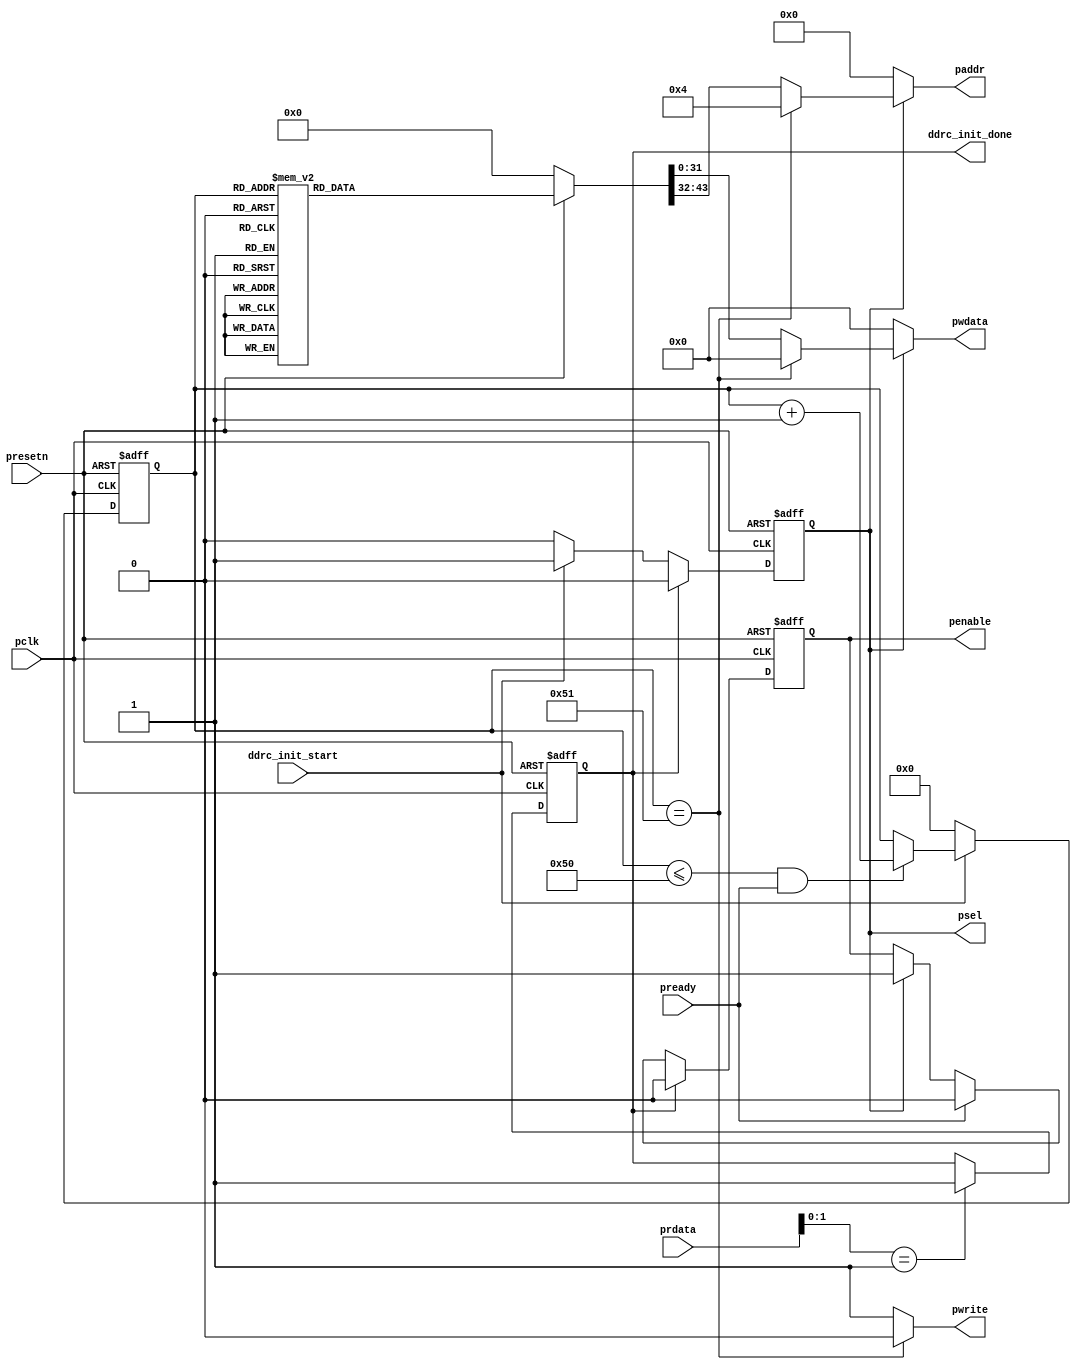
//////////////////////////////////////////////////////////////////////////////
//
// Copyright (c) 2019 PANGO MICROSYSTEMS, INC
// ALL RIGHTS RESERVED.
//
// THE SOURCE CODE CONTAINED HEREIN IS PROPRIETARY TQ PANGO MICROSYSTEMS, INC.
// IT SHALL NOT BE REPRODUCED OR DISCLOSED IN WHOLE OR IN PART OR USED BY
// PARTIES WITHOUT WRITTEN AUTHORIZATION FROM THE OWNER.
//
/////////////////////////////////////////////////////////////////////////////
// Revision:1.0(initial)
//
//////////////////////////////////////////////////////////////////////////////

`timescale 1ps/1ps

module ipsl_hmic_h_ddrc_apb_reset_v1_1 #(
    parameter     [9:0]            TRFC_MIN                  = 10'h8c,
    parameter     [11:0]           TREFI                     = 12'h62,
    parameter     [5:0]            T_MRD                     = 6'h0,
    parameter     [9:0]            T_MOD                     = 10'h0,    
    parameter                      DDR_TYPE                  = "DDR3",
    parameter     [15:0]           MR                        = 16'h1108,
    parameter     [15:0]           EMR                       = 16'h0001,
    parameter     [15:0]           EMR2                      = 16'h0000,
    parameter     [15:0]           EMR3                      = 16'h0000,
    parameter     [6:0]            WR2PRE                    = 7'hf,
    parameter     [5:0]            T_FAW                     = 6'h10,
    parameter     [6:0]            T_RAS_MAX                 = 7'h1b,
    parameter     [5:0]            T_RAS_MIN                 = 6'hf,
    parameter     [4:0]            T_XP                      = 5'h8,
    parameter     [5:0]            RD2PRE                    = 6'h4,
    parameter     [6:0]            T_RC                      = 7'h14,
    parameter     [5:0]            WL                        = 6'h3,
    parameter     [5:0]            RL                        = 6'h5,
    parameter     [5:0]            RD2WR                     = 6'h6,
    parameter     [5:0]            WR2RD                     = 6'hd,
    parameter     [4:0]            T_RCD                     = 5'h5,
    parameter     [3:0]            T_CCD                     = 4'h4,
    parameter     [3:0]            T_RRD                     = 4'h4,
    parameter     [4:0]            T_RP                      = 5'h5,
    parameter     [3:0]            T_CKSRX                   = 4'h5,
    parameter     [3:0]            T_CKSRE                   = 4'h5,
    parameter     [5:0]            T_CKESR                   = 6'h4,
    parameter     [4:0]            T_CKE                     = 5'h3,
    parameter     [6:0]            DFI_T_RDDATA_EN           = 7'h2,
    parameter     [5:0]            DFI_TPHY_WRLAT            = 6'h2,
    parameter     [1:0]            DATA_BUS_WIDTH            = 2'b00,
    parameter                      ADDRESS_MAPPING_SEL       = 0,
    parameter     [7:0]            MEM_ROW_ADDRESS           = 8'd14,
    parameter     [7:0]            MEM_COLUMN_ADDRESS        = 8'd10,
    parameter     [7:0]            MEM_BANK_ADDRESS          = 8'd3
    
)
( 
   input               presetn,
   input               pclk,
   output   [31:0]     pwdata,
   output              pwrite,
   output  reg         penable,
   output  reg         psel,
   output   [11:0]     paddr,
   input    [31:0]     prdata,
   input               pready,
   input               ddrc_init_start,
   output  reg         ddrc_init_done
   );

localparam [7:0] ADDRMAP_BANK_B0 = (ADDRESS_MAPPING_SEL == 0) ? (MEM_COLUMN_ADDRESS - 8'd2) : (MEM_COLUMN_ADDRESS + MEM_ROW_ADDRESS - 8'd2);
localparam [7:0] ADDRMAP_BANK_B1 =  ADDRMAP_BANK_B0;
localparam [7:0] ADDRMAP_BANK_B2 =  (MEM_BANK_ADDRESS == 8'd3) ? ADDRMAP_BANK_B0 : 8'h1f;                                 
localparam [7:0] ADDRMAP_COL_B2 = 8'h0;
localparam [7:0] ADDRMAP_COL_B3 = 8'h0;
localparam [7:0] ADDRMAP_COL_B4 = 8'h0;
localparam [7:0] ADDRMAP_COL_B5 = 8'h0;
localparam [7:0] ADDRMAP_COL_B6 = 8'h0;
localparam [7:0] ADDRMAP_COL_B7 = 8'h0;
localparam [7:0] ADDRMAP_COL_B8 = (MEM_COLUMN_ADDRESS > 8'd8) ? 8'h0 : 8'h1f;
localparam [7:0] ADDRMAP_COL_B9 = (MEM_COLUMN_ADDRESS > 8'd9) ? 8'h0 : 8'h1f;
localparam [7:0] ADDRMAP_COL_B10 = (MEM_COLUMN_ADDRESS > 8'd10) ? 8'h0 : 8'h1f;
localparam [7:0] ADDRMAP_COL_B11 = (MEM_COLUMN_ADDRESS > 8'd11) ? 8'h0 : 8'h1f;
localparam [7:0] ADDRMAP_ROW_B0 = (ADDRESS_MAPPING_SEL == 0) ? (MEM_COLUMN_ADDRESS + MEM_BANK_ADDRESS - 8'd6) : (MEM_COLUMN_ADDRESS - 8'd6);
localparam [7:0] ADDRMAP_ROW_B1 = ADDRMAP_ROW_B0;
localparam [7:0] ADDRMAP_ROW_B2 = ADDRMAP_ROW_B0;
localparam [7:0] ADDRMAP_ROW_B3 = ADDRMAP_ROW_B0;
localparam [7:0] ADDRMAP_ROW_B4 = ADDRMAP_ROW_B0;
localparam [7:0] ADDRMAP_ROW_B5 = ADDRMAP_ROW_B0;
localparam [7:0] ADDRMAP_ROW_B6 = ADDRMAP_ROW_B0;
localparam [7:0] ADDRMAP_ROW_B7 = ADDRMAP_ROW_B0;
localparam [7:0] ADDRMAP_ROW_B8 = ADDRMAP_ROW_B0;
localparam [7:0] ADDRMAP_ROW_B9 = ADDRMAP_ROW_B0;
localparam [7:0] ADDRMAP_ROW_B10 = ADDRMAP_ROW_B0;
localparam [7:0] ADDRMAP_ROW_B11 = ADDRMAP_ROW_B0;
localparam [7:0] ADDRMAP_ROW_B12 = (MEM_ROW_ADDRESS > 8'd12) ? ADDRMAP_ROW_B0 : 8'h1f;
localparam [7:0] ADDRMAP_ROW_B13 = (MEM_ROW_ADDRESS > 8'd13) ? ADDRMAP_ROW_B0 : 8'h1f;
localparam [7:0] ADDRMAP_ROW_B14 = (MEM_ROW_ADDRESS > 8'd14) ? ADDRMAP_ROW_B0 : 8'h1f;
localparam [7:0] ADDRMAP_ROW_B15 = (MEM_ROW_ADDRESS > 8'd15) ? ADDRMAP_ROW_B0 : 8'h1f;

reg [43:0]      data;
reg [6:0]       cnt;
 
always @(posedge pclk or negedge presetn)
begin
    if(!presetn)
       psel<=1'b0;
    else if(ddrc_init_done)
         psel<=1'b0;
    else if(ddrc_init_start)
         psel<=1'b1;
    else
        psel<=1'b0;
end

assign pwrite=(cnt==7'h51)?1'b0:1'b1; 

always @(posedge pclk or negedge presetn)
begin
    if(!presetn)
       penable<=1'b0;
    else if(ddrc_init_done) 
       penable<=1'b0;
    else if(pready)
       penable<=1'b0;  
    else if(psel)
       penable<=1'b1;  
end

generate
if (DDR_TYPE == "DDR3") begin
always @(cnt or presetn)
        if(!presetn)
            data = 44'h0;
         else 
             begin
               case(cnt)
                 7'h0 :data = {12'h0,16'h4,2'b00,DATA_BUS_WIDTH,12'h201};
                 7'h1 :data = {12'h10,32'h10};
                 7'h2 :data = {12'h14,32'h3aed};
                 7'h3 :data = {12'h30,32'h4};
                 7'h4 :data = {12'h34,32'h5_0000};
                 7'h5 :data = {12'h38,32'h2};
                 7'h6 :data = {12'h50,32'hf0_e030};
                 7'h7 :data = {12'h60,32'h0};
                 7'h8 :data = {12'h64,4'h0,TREFI,6'h0,TRFC_MIN};
                 7'h9 :data = {12'hc0,32'h0};
                 7'ha :data = {12'hd0,32'h4007_0002};
                 7'hb :data = {12'hd4,32'h4_0006};
                 7'hc :data = {12'hdc,MR,EMR};
                 7'hd :data = {12'he0,EMR2,EMR3};
                 7'he :data = {12'he4,32'h9_0000};
                 7'hf :data = {12'hf0,32'h0};
                 7'h10 :data = {12'h100,1'b0,WR2PRE,2'h0,T_FAW,1'b0,T_RAS_MAX,2'b00,T_RAS_MIN};
                 7'h11 :data = {12'h104,11'h0,T_XP,2'b00,RD2PRE,1'b0,T_RC};
                 7'h12 :data = {12'h108,2'b00,WL,2'b00,RL,2'b00,RD2WR,2'b00,WR2RD};
                 7'h13 :data = {12'h10c,14'h0,T_MRD,2'b0,T_MOD};
                 7'h14 :data = {12'h110,3'b000,T_RCD,4'h0,T_CCD,4'h0,T_RRD,3'h0,T_RP};
                 7'h15 :data = {12'h114,4'h0,T_CKSRX,4'h0,T_CKSRE,2'h0,T_CKESR,3'h0,T_CKE};
                 7'h16 :data = {12'h118,32'hb0b_0007};
                 7'h17 :data = {12'h11c,32'h604};
                 7'h18 :data = {12'h120,32'h4703};
                 7'h19 :data = {12'h138,32'h0};
                 7'h1a :data = {12'h13c,32'h0};
                 7'h1b :data = {12'h180,32'h80_0020};
                 7'h1c :data = {12'h184,32'h70};
                 7'h1d :data = {12'h190,9'b010000000,DFI_T_RDDATA_EN,1'b1,9'h0,DFI_TPHY_WRLAT};
                 7'h1e :data = {12'h194,32'h5_0505};
                 7'h1f :data = {12'h198,32'h790_3020};
                 7'h20 :data = {12'h1a0,32'hc3ff_0005};
                 7'h21 :data = {12'h1a4,32'h1a_0037};
                 7'h22 :data = {12'h1a8,32'h8000_0000};
                 7'h23 :data = {12'h1b0,32'h1};
                 7'h24 :data = {12'h1c4,32'h0};
                 7'h25 :data = {12'h204,8'h0,ADDRMAP_BANK_B2,ADDRMAP_BANK_B1,ADDRMAP_BANK_B0};
                 7'h26 :data = {12'h208,ADDRMAP_COL_B5,ADDRMAP_COL_B4,ADDRMAP_COL_B3,ADDRMAP_COL_B2};
                 7'h27 :data = {12'h20c,ADDRMAP_COL_B9,ADDRMAP_COL_B8,ADDRMAP_COL_B7,ADDRMAP_COL_B6};
                 7'h28 :data = {12'h210,16'h0,ADDRMAP_COL_B11,ADDRMAP_COL_B10};
                 7'h29 :data = {12'h214,ADDRMAP_ROW_B11,8'hf,ADDRMAP_ROW_B1,ADDRMAP_ROW_B0};
                 7'h2a :data = {12'h218,ADDRMAP_ROW_B15,ADDRMAP_ROW_B14,ADDRMAP_ROW_B13,ADDRMAP_ROW_B12};
                 7'h2b :data = {12'h21c,32'h0f0f};
                 7'h2c :data = {12'h224,ADDRMAP_ROW_B5,ADDRMAP_ROW_B4,ADDRMAP_ROW_B3,ADDRMAP_ROW_B2};
                 7'h2d :data = {12'h228,ADDRMAP_ROW_B9,ADDRMAP_ROW_B8,ADDRMAP_ROW_B7,ADDRMAP_ROW_B6};
                 7'h2e :data = {12'h22c,24'h0,ADDRMAP_ROW_B10};
                 7'h2f :data = {12'h240,32'h600_0500};
                 7'h30 :data = {12'h244,32'h1};
                 7'h31 :data = {12'h250,32'h3921_0b05};
                 7'h32 :data = {12'h254,32'h30};
                 7'h33 :data = {12'h25c,32'hbe00_4133};
                 7'h34 :data = {12'h264,32'hc900_6465};
                 7'h35 :data = {12'h26c,32'h2000_193f};
                 7'h36 :data = {12'h300,32'h1};
                 7'h37 :data = {12'h304,32'h0};
                 7'h38 :data = {12'h30c,32'h0};
                 7'h39 :data = {12'h320,32'h1};
                 7'h3a :data = {12'h36c,32'h0};
                 7'h3b :data = {12'h400,32'h1};
                 7'h3c :data = {12'h404,32'h4062};
                 7'h3d :data = {12'h408,32'h332f};
                 7'h3e :data = {12'h490,32'h1};
                 7'h3f :data = {12'h494,32'h5};
                 7'h40 :data = {12'h498,32'ha9_053a};
                 7'h41 :data = {12'h49c,32'h11_0003};
                 7'h42 :data = {12'h4a0,32'h678};
                 7'h43 :data = {12'h4b4,32'h51ad};
                 7'h44 :data = {12'h4b8,32'h281};
                 7'h45 :data = {12'h540,32'h1};
                 7'h46 :data = {12'h544,32'h21_0007};
                 7'h47 :data = {12'h548,32'h305_003c};
                 7'h48 :data = {12'h54c,32'h10_0001};
                 7'h49 :data = {12'h550,32'h18f};
                 7'h4a :data = {12'h564,32'h60b3};
                 7'h4b :data = {12'h568,32'h162};
                 7'h4c :data = {12'h5f0,32'h1};
                 7'h4d :data = {12'h5f4,32'h1_0003};
                 7'h4e :data = {12'h5f8,32'h21_0117};
                 7'h4f :data = {12'h5fc,32'h10_0002};
                 7'h50 :data = {12'h600,32'h46c};
                 default: data = {12'h0,32'h4_0201};
               endcase
             end
end 
else if(DDR_TYPE == "DDR2") begin
always @(cnt or presetn)
        if(!presetn)
            data = 44'h0;
         else 
             begin
               case(cnt)
                 7'h0 :data = {12'h0,16'h4,2'b00,DATA_BUS_WIDTH,12'h000};
                 7'h1 :data = {12'h10,32'h7010};
                 7'h2 :data = {12'h14,32'hb640};
                 7'h3 :data = {12'h30,32'h4};
                 7'h4 :data = {12'h34,32'h24_0001};
                 7'h5 :data = {12'h38,32'h2};
                 7'h6 :data = {12'h50,32'hf0_e030};
                 7'h7 :data = {12'h60,32'h0};
                 7'h8 :data = {12'h64,4'h0,TREFI,6'h0,TRFC_MIN};
                 7'h9 :data = {12'hc0,32'h0};
                 7'ha :data = {12'hd0,32'h4002_0001};
                 7'hb :data = {12'hd4,32'h4_0006};
                 7'hc :data = {12'hdc,MR,EMR};
                 7'hd :data = {12'he0,EMR2,EMR3};
                 7'he :data = {12'he4,32'h9_0000};
                 7'hf :data = {12'hf0,32'h0};
                 7'h10 :data = {12'h100,1'b0,WR2PRE,2'h0,T_FAW,1'b0,T_RAS_MAX,2'b00,T_RAS_MIN};
                 7'h11 :data = {12'h104,11'h0,T_XP,2'b00,RD2PRE,1'b0,T_RC};
                 7'h12 :data = {12'h108,2'b00,WL,2'b00,RL,2'b00,RD2WR,2'b00,WR2RD};
                 7'h13 :data = {12'h10c,14'h0,T_MRD,2'b0,T_MOD};
                 7'h14 :data = {12'h110,3'b000,T_RCD,4'h0,T_CCD,4'h0,T_RRD,3'h0,T_RP};
                 7'h15 :data = {12'h114,4'h0,T_CKSRX,4'h0,T_CKSRE,2'h0,T_CKESR,3'h0,T_CKE};
                 7'h16 :data = {12'h118,32'hb0b_0007};
                 7'h17 :data = {12'h11c,32'h604};
                 7'h18 :data = {12'h120,32'h4703};
                 7'h19 :data = {12'h138,32'h596};
                 7'h1a :data = {12'h13c,32'h0};
                 7'h1b :data = {12'h180,32'h80_0020};
                 7'h1c :data = {12'h184,32'h70};
                 7'h1d :data = {12'h190,9'b010000000,DFI_T_RDDATA_EN,1'b1,9'h0,DFI_TPHY_WRLAT};
                 7'h1e :data = {12'h194,32'h5_0505};
                 7'h1f :data = {12'h198,32'h790_3020};
                 7'h20 :data = {12'h1a0,32'hc3ff_0005};
                 7'h21 :data = {12'h1a4,32'h1a_0037};
                 7'h22 :data = {12'h1a8,32'h8000_0000};
                 7'h23 :data = {12'h1b0,32'h1};
                 7'h24 :data = {12'h1c4,32'h0};
                 7'h25 :data = {12'h204,8'h0,ADDRMAP_BANK_B2,ADDRMAP_BANK_B1,ADDRMAP_BANK_B0};
                 7'h26 :data = {12'h208,ADDRMAP_COL_B5,ADDRMAP_COL_B4,ADDRMAP_COL_B3,ADDRMAP_COL_B2};
                 7'h27 :data = {12'h20c,ADDRMAP_COL_B9,ADDRMAP_COL_B8,ADDRMAP_COL_B7,ADDRMAP_COL_B6};
                 7'h28 :data = {12'h210,16'h0,ADDRMAP_COL_B11,ADDRMAP_COL_B10};
                 7'h29 :data = {12'h214,ADDRMAP_ROW_B11,8'hf,ADDRMAP_ROW_B1,ADDRMAP_ROW_B0};
                 7'h2a :data = {12'h218,ADDRMAP_ROW_B15,ADDRMAP_ROW_B14,ADDRMAP_ROW_B13,ADDRMAP_ROW_B12};
                 7'h2b :data = {12'h21c,32'h0f0f};
                 7'h2c :data = {12'h224,ADDRMAP_ROW_B5,ADDRMAP_ROW_B4,ADDRMAP_ROW_B3,ADDRMAP_ROW_B2};
                 7'h2d :data = {12'h228,ADDRMAP_ROW_B9,ADDRMAP_ROW_B8,ADDRMAP_ROW_B7,ADDRMAP_ROW_B6};
                 7'h2e :data = {12'h22c,24'h0,ADDRMAP_ROW_B10};
                 7'h2f :data = {12'h240,32'ha00_0600};
                 7'h30 :data = {12'h244,32'h1};
                 7'h31 :data = {12'h250,32'h3921_0805};
                 7'h32 :data = {12'h254,32'h30};
                 7'h33 :data = {12'h25c,32'hbe00_4133};
                 7'h34 :data = {12'h264,32'hc900_6465};
                 7'h35 :data = {12'h26c,32'h2000_193f};
                 7'h36 :data = {12'h300,32'h1};
                 7'h37 :data = {12'h304,32'h0};
                 7'h38 :data = {12'h30c,32'h0};
                 7'h39 :data = {12'h320,32'h1};
                 7'h3a :data = {12'h36c,32'h0001_0001};
                 7'h3b :data = {12'h400,32'h1};
                 7'h3c :data = {12'h404,32'h31b3};
                 7'h3d :data = {12'h408,32'h3050}; 
                 7'h3e :data = {12'h490,32'h1};
                 7'h3f :data = {12'h494,32'h0002_0007};
                 7'h40 :data = {12'h498,32'h0000_0064};
                 7'h41 :data = {12'h49c,32'h0010_0007};
                 7'h42 :data = {12'h4a0,32'h0000_0000};
                 7'h43 :data = {12'h4b4,32'h30ad};
                 7'h44 :data = {12'h4b8,32'h3050};
                 7'h45 :data = {12'h540,32'h1};
                 7'h46 :data = {12'h544,32'h0002_0007};
                 7'h47 :data = {12'h548,32'h0000_0064};
                 7'h48 :data = {12'h54c,32'h0010_0007};
                 7'h49 :data = {12'h550,32'h0000_0064};
                 7'h4a :data = {12'h564,32'h3062};
                 7'h4b :data = {12'h568,32'h3050};
                 7'h4c :data = {12'h5f0,32'h1};
                 7'h4d :data = {12'h5f4,32'h0002_0007};
                 7'h4e :data = {12'h5f8,32'h0000_0064};
                 7'h4f :data = {12'h5fc,32'h0010_0007};
                 7'h50 :data = {12'h600,32'h0000_0064};
                 default: data = {12'h0,32'h4_0201};
               endcase
             end    
end
else if(DDR_TYPE == "LPDDR") begin  
always @(cnt or presetn)
        if(!presetn)
            data = 44'h0;
         else 
             begin
               case(cnt)
                 7'h0 :data = {12'h0,16'h4,2'b00,DATA_BUS_WIDTH,10'h0,2'b10};
                 7'h1 :data = {12'h10,32'hb010};
                 7'h2 :data = {12'h14,32'h90f9};
                 7'h3 :data = {12'h30,32'ha};
                 7'h4 :data = {12'h34,32'h7_0003};
                 7'h5 :data = {12'h38,32'h4f_0002};
                 7'h6 :data = {12'h50,32'hf0_3040};
                 7'h7 :data = {12'h60,32'h0};
                 7'h8 :data = {12'h64,4'h0,TREFI,6'h0,TRFC_MIN};
                 7'h9 :data = {12'hc0,32'h0};
                 7'ha :data = {12'hd0,32'h4003_0001};
                 7'hb :data = {12'hd4,32'h1_0009};
                 7'hc :data = {12'hdc,MR,EMR};
                 7'hd :data = {12'he0,EMR2,EMR3};
                 7'he :data = {12'he4,32'h1_0000};
                 7'hf :data = {12'hf0,32'h0};
                 7'h10 :data = {12'h100,1'b0,WR2PRE,2'h0,T_FAW,1'b0,T_RAS_MAX,2'b00,T_RAS_MIN};
                 7'h11 :data = {12'h104,11'h0,T_XP,2'b00,RD2PRE,1'b0,T_RC};
                 7'h12 :data = {12'h108,2'b00,WL,2'b00,RL,2'b00,RD2WR,2'b00,WR2RD};
                 7'h13 :data = {12'h10c,14'h0,T_MRD,2'b0,T_MOD};
                 7'h14 :data = {12'h110,3'b000,T_RCD,4'h0,T_CCD,4'h0,T_RRD,3'h0,T_RP};
                 7'h15 :data = {12'h114,4'h0,T_CKSRX,4'h0,T_CKSRE,2'h0,T_CKESR,3'h0,T_CKE};
                 7'h16 :data = {12'h118,32'hb04_0001};
                 7'h17 :data = {12'h11c,32'hf01};
                 7'h18 :data = {12'h120,32'h101};
                 7'h19 :data = {12'h138,32'h14};
                 7'h1a :data = {12'h13c,32'h0};
                 7'h1b :data = {12'h180,32'h0};
                 7'h1c :data = {12'h184,32'h70};
                 7'h1d :data = {12'h190,9'b010000000,DFI_T_RDDATA_EN,1'b1,9'h0,DFI_TPHY_WRLAT};
                 7'h1e :data = {12'h194,32'h7_0505};
                 7'h1f :data = {12'h198,32'h750_9000};
                 7'h20 :data = {12'h1a0,32'he3ff_0005};
                 7'h21 :data = {12'h1a4,32'h6c_0079};
                 7'h22 :data = {12'h1a8,32'h8000_0000};
                 7'h23 :data = {12'h1b0,32'h1};
                 7'h24 :data = {12'h1c4,32'h0};
                 7'h25 :data = {12'h204,8'h0,ADDRMAP_BANK_B2,ADDRMAP_BANK_B1,ADDRMAP_BANK_B0};
                 7'h26 :data = {12'h208,ADDRMAP_COL_B5,ADDRMAP_COL_B4,ADDRMAP_COL_B3,ADDRMAP_COL_B2};
                 7'h27 :data = {12'h20c,ADDRMAP_COL_B9,ADDRMAP_COL_B8,ADDRMAP_COL_B7,ADDRMAP_COL_B6};
                 7'h28 :data = {12'h210,16'h0,ADDRMAP_COL_B11,ADDRMAP_COL_B10};
                 7'h29 :data = {12'h214,ADDRMAP_ROW_B11,8'hf,ADDRMAP_ROW_B1,ADDRMAP_ROW_B0};
                 7'h2a :data = {12'h218,ADDRMAP_ROW_B15,ADDRMAP_ROW_B14,ADDRMAP_ROW_B13,ADDRMAP_ROW_B12};
                 7'h2b :data = {12'h21c,32'h0f0f};
                 7'h2c :data = {12'h224,ADDRMAP_ROW_B5,ADDRMAP_ROW_B4,ADDRMAP_ROW_B3,ADDRMAP_ROW_B2};
                 7'h2d :data = {12'h228,ADDRMAP_ROW_B9,ADDRMAP_ROW_B8,ADDRMAP_ROW_B7,ADDRMAP_ROW_B6};
                 7'h2e :data = {12'h22c,24'h0,ADDRMAP_ROW_B10};
                 7'h2f :data = {12'h240,32'h813_035c};
                 7'h30 :data = {12'h244,32'h1};
                 7'h31 :data = {12'h250,32'h20b3_0b05};
                 7'h32 :data = {12'h254,32'h6};
                 7'h33 :data = {12'h25c,32'hcd00_90e2};
                 7'h34 :data = {12'h264,32'hb600_79ca};
                 7'h35 :data = {12'h26c,32'h5208};
                 7'h36 :data = {12'h300,32'h1};
                 7'h37 :data = {12'h304,32'h0};
                 7'h38 :data = {12'h30c,32'h0};
                 7'h39 :data = {12'h320,32'h1};
                 7'h3a :data = {12'h36c,32'h11_0000};
                 7'h3b :data = {12'h400,32'h1};
                 7'h3c :data = {12'h404,32'h31b3};
                 7'h3d :data = {12'h408,32'h3050}; 
                 7'h3e :data = {12'h490,32'h1};
                 7'h3f :data = {12'h494,32'h0002_0007};
                 7'h40 :data = {12'h498,32'h0000_0064};
                 7'h41 :data = {12'h49c,32'h0010_0007};
                 7'h42 :data = {12'h4a0,32'h0000_0000};
                 7'h43 :data = {12'h4b4,32'h30ad};
                 7'h44 :data = {12'h4b8,32'h3050};
                 7'h45 :data = {12'h540,32'h1};
                 7'h46 :data = {12'h544,32'h0002_0007};
                 7'h47 :data = {12'h548,32'h0000_0064};
                 7'h48 :data = {12'h54c,32'h0010_0007};
                 7'h49 :data = {12'h550,32'h0000_0064};
                 7'h4a :data = {12'h564,32'h3062};
                 7'h4b :data = {12'h568,32'h3050};
                 7'h4c :data = {12'h5f0,32'h1};
                 7'h4d :data = {12'h5f4,32'h0002_0007};
                 7'h4e :data = {12'h5f8,32'h0000_0064};
                 7'h4f :data = {12'h5fc,32'h0010_0007};
                 7'h50 :data = {12'h600,32'h0000_0064};
                 default: data = {12'h0,32'h4_0201};
               endcase
             end
end
endgenerate                          
             
always @(posedge pclk or negedge presetn)
begin
    if(!presetn)
       cnt<=7'h0;
    else if(ddrc_init_start)
       begin
          if((cnt<=7'h50)&pready)
            cnt<=cnt+7'h1;
       end
    else
      cnt<=7'h0; 
end

assign pwdata=psel?(pwrite?data[31:0]:32'h0):32'h0;
assign paddr=psel?(pwrite?data[43:32]:12'h4):12'h0;

always @(posedge pclk or negedge presetn)
begin
    if(!presetn)
      ddrc_init_done<=1'b0;
    else if(prdata[1:0]==2'b01)
      ddrc_init_done<=1'b1; 
end

endmodule